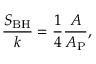
{ \frac { S _ { \mathrm { B H } } } { k } } = { \frac { 1 } { 4 } } { \frac { A } { A _ { \mathrm { P } } } } ,